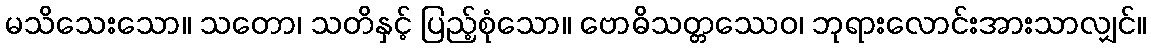
မသိသေးသော။ သတော၊ သတိနှင့် ပြည့်စုံသော။ ဗောဓိသတ္တဿေဝ၊ ဘုရားလောင်းအားသာလျှင်။